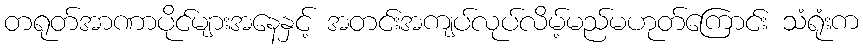
တရုတ်အာဏာပိုင်များအနေနှင့် အတင်းအကျပ်လုပ်လိမ့်မည်မဟုတ်ကြောင်း သံရုံးက